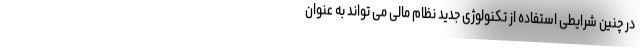
در چنین شرایطی استفاده از تکنولوژی جدید نظام مالی می تواند به عنوان